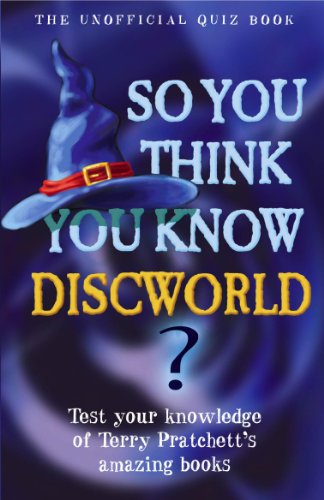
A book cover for So You Think You Know Discworld?; Clive Gifford; Teen & Young Adult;